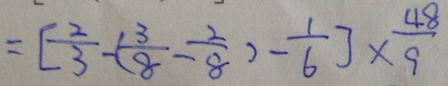
= [ \frac { 2 } { 3 } - ( \frac { 3 } { 8 } - \frac { 2 } { 8 } ) - \frac { 1 } { 6 } ] \times \frac { 4 8 } { 9 }